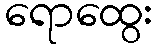
ရောထွေး